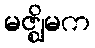
မဇ္ဈိမက